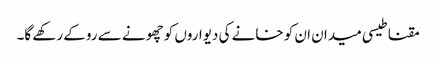
مقناطیسی میدان ان کو خانے کی دیواروں کو چھونے سے روکے رکھے گا۔